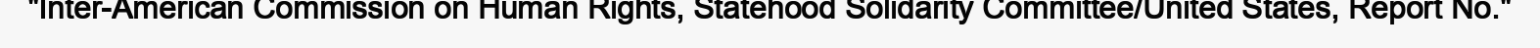
"Inter-American Commission on Human Rights, Statehood Solidarity Committee/United States, Report No."